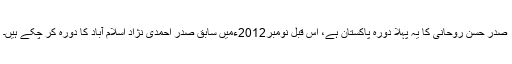
صدر حسن روحانی کا یہ پہلا دورہ پاکستان ہے، اس قبل نومبر2012ءمیں سابق صدر احمدی نژاد اسلام آباد کا دورہ کر چکے ہیں۔